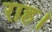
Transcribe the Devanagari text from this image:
राह।